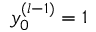
y _ { 0 } ^ { ( l - 1 ) } = 1